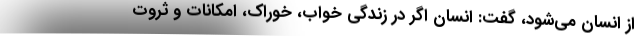
از انسان می‌شود، گفت: انسان اگر در زندگی خواب، خوراک، امکانات و ثروت